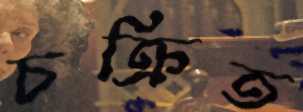
চক্রিত